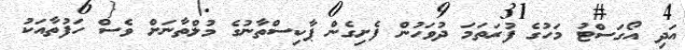
އަދި އޯގަސްޓު މަހުގެ ފުރަތަމަ ދުވަހުން ފެށިގެން ޕާކިސްތާނުގެ މުލްތާނަށް ވެސް ހަފުތާއަކު